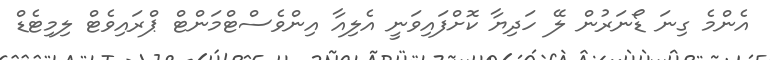
އެންމެ ގިނަ ޑޯނަރުން ލޭ ހަދިޔާ ކޮށްފައިވަނީ އެލިއާ އިންވެސްޓްމަންޓް ޕްރައިވެޓް ލިމިޓެޑް